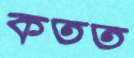
কতত